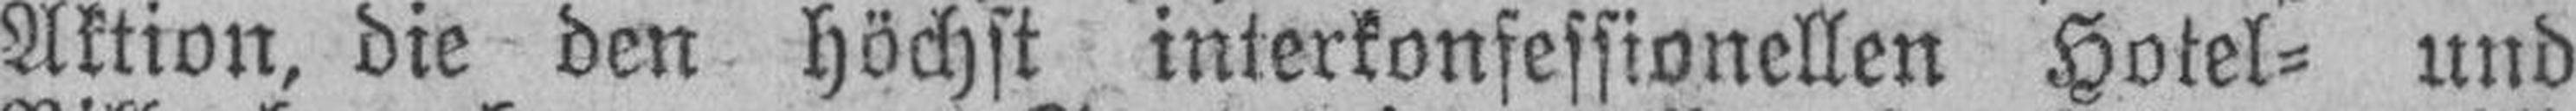
Aktion, die den höchst interkonfessionellen Hotel= und